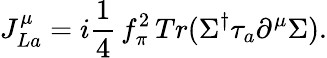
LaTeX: J_{La}^{\mu}=i{\frac{1}{4}}\, f_{\pi}^{2}\, Tr(\Sigma^{\dagger}\tau_{a}\partial^{\mu}\Sigma).